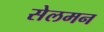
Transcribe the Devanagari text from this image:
सेलमन